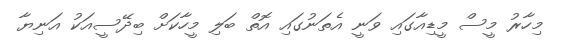
މިހާރު މީސް މީޑިއާގައި ވަނީ އެތަނުގައި އޮތް ބަލި މީހާކަށް ބިދޭސީއަކު އަނިޔާ